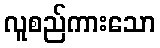
လူစည်ကားသော